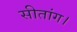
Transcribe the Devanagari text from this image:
सीतांग।